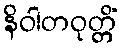
နိဝါတဝုတ္တိံ